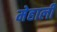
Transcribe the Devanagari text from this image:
मेहाली